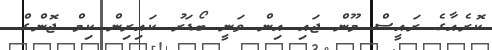
ކޮރެއާގެ ރައީސް މޫން ޖައި އިން ވަނީ ބޯޑަރު ކައިރިން ކިމް ޖޮންގް